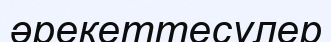
әрекеттесулер